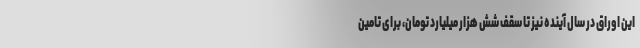
این اوراق در سال آینده نیز تا سقف شش هزار میلیارد تومان، برای تامین